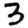
Digit: 3